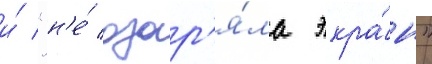
и́ "н'е́ озар'я́ла экра́н"